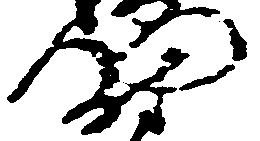
尉